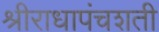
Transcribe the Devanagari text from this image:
श्रीराधापंचशती